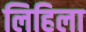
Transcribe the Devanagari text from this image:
लिहिला